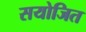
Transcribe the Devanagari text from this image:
सयोजित